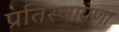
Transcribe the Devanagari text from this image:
प्रतिस्थापणा